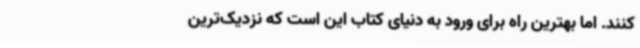
کنند. اما بهترین راه برای ورود به دنیای کتاب این است که نزدیک‌ترین